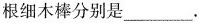
根细木棒分别是___.